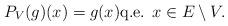
LaTeX: \begin{align*}P_V(g)(x)=g(x)\mbox{q.e. }x\in E\setminus V.\end{align*}